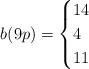
LaTeX: \begin{align*} b(9p)=\begin{cases} 14 & \\ 4 & \\ 11 & \end{cases} \end{align*}